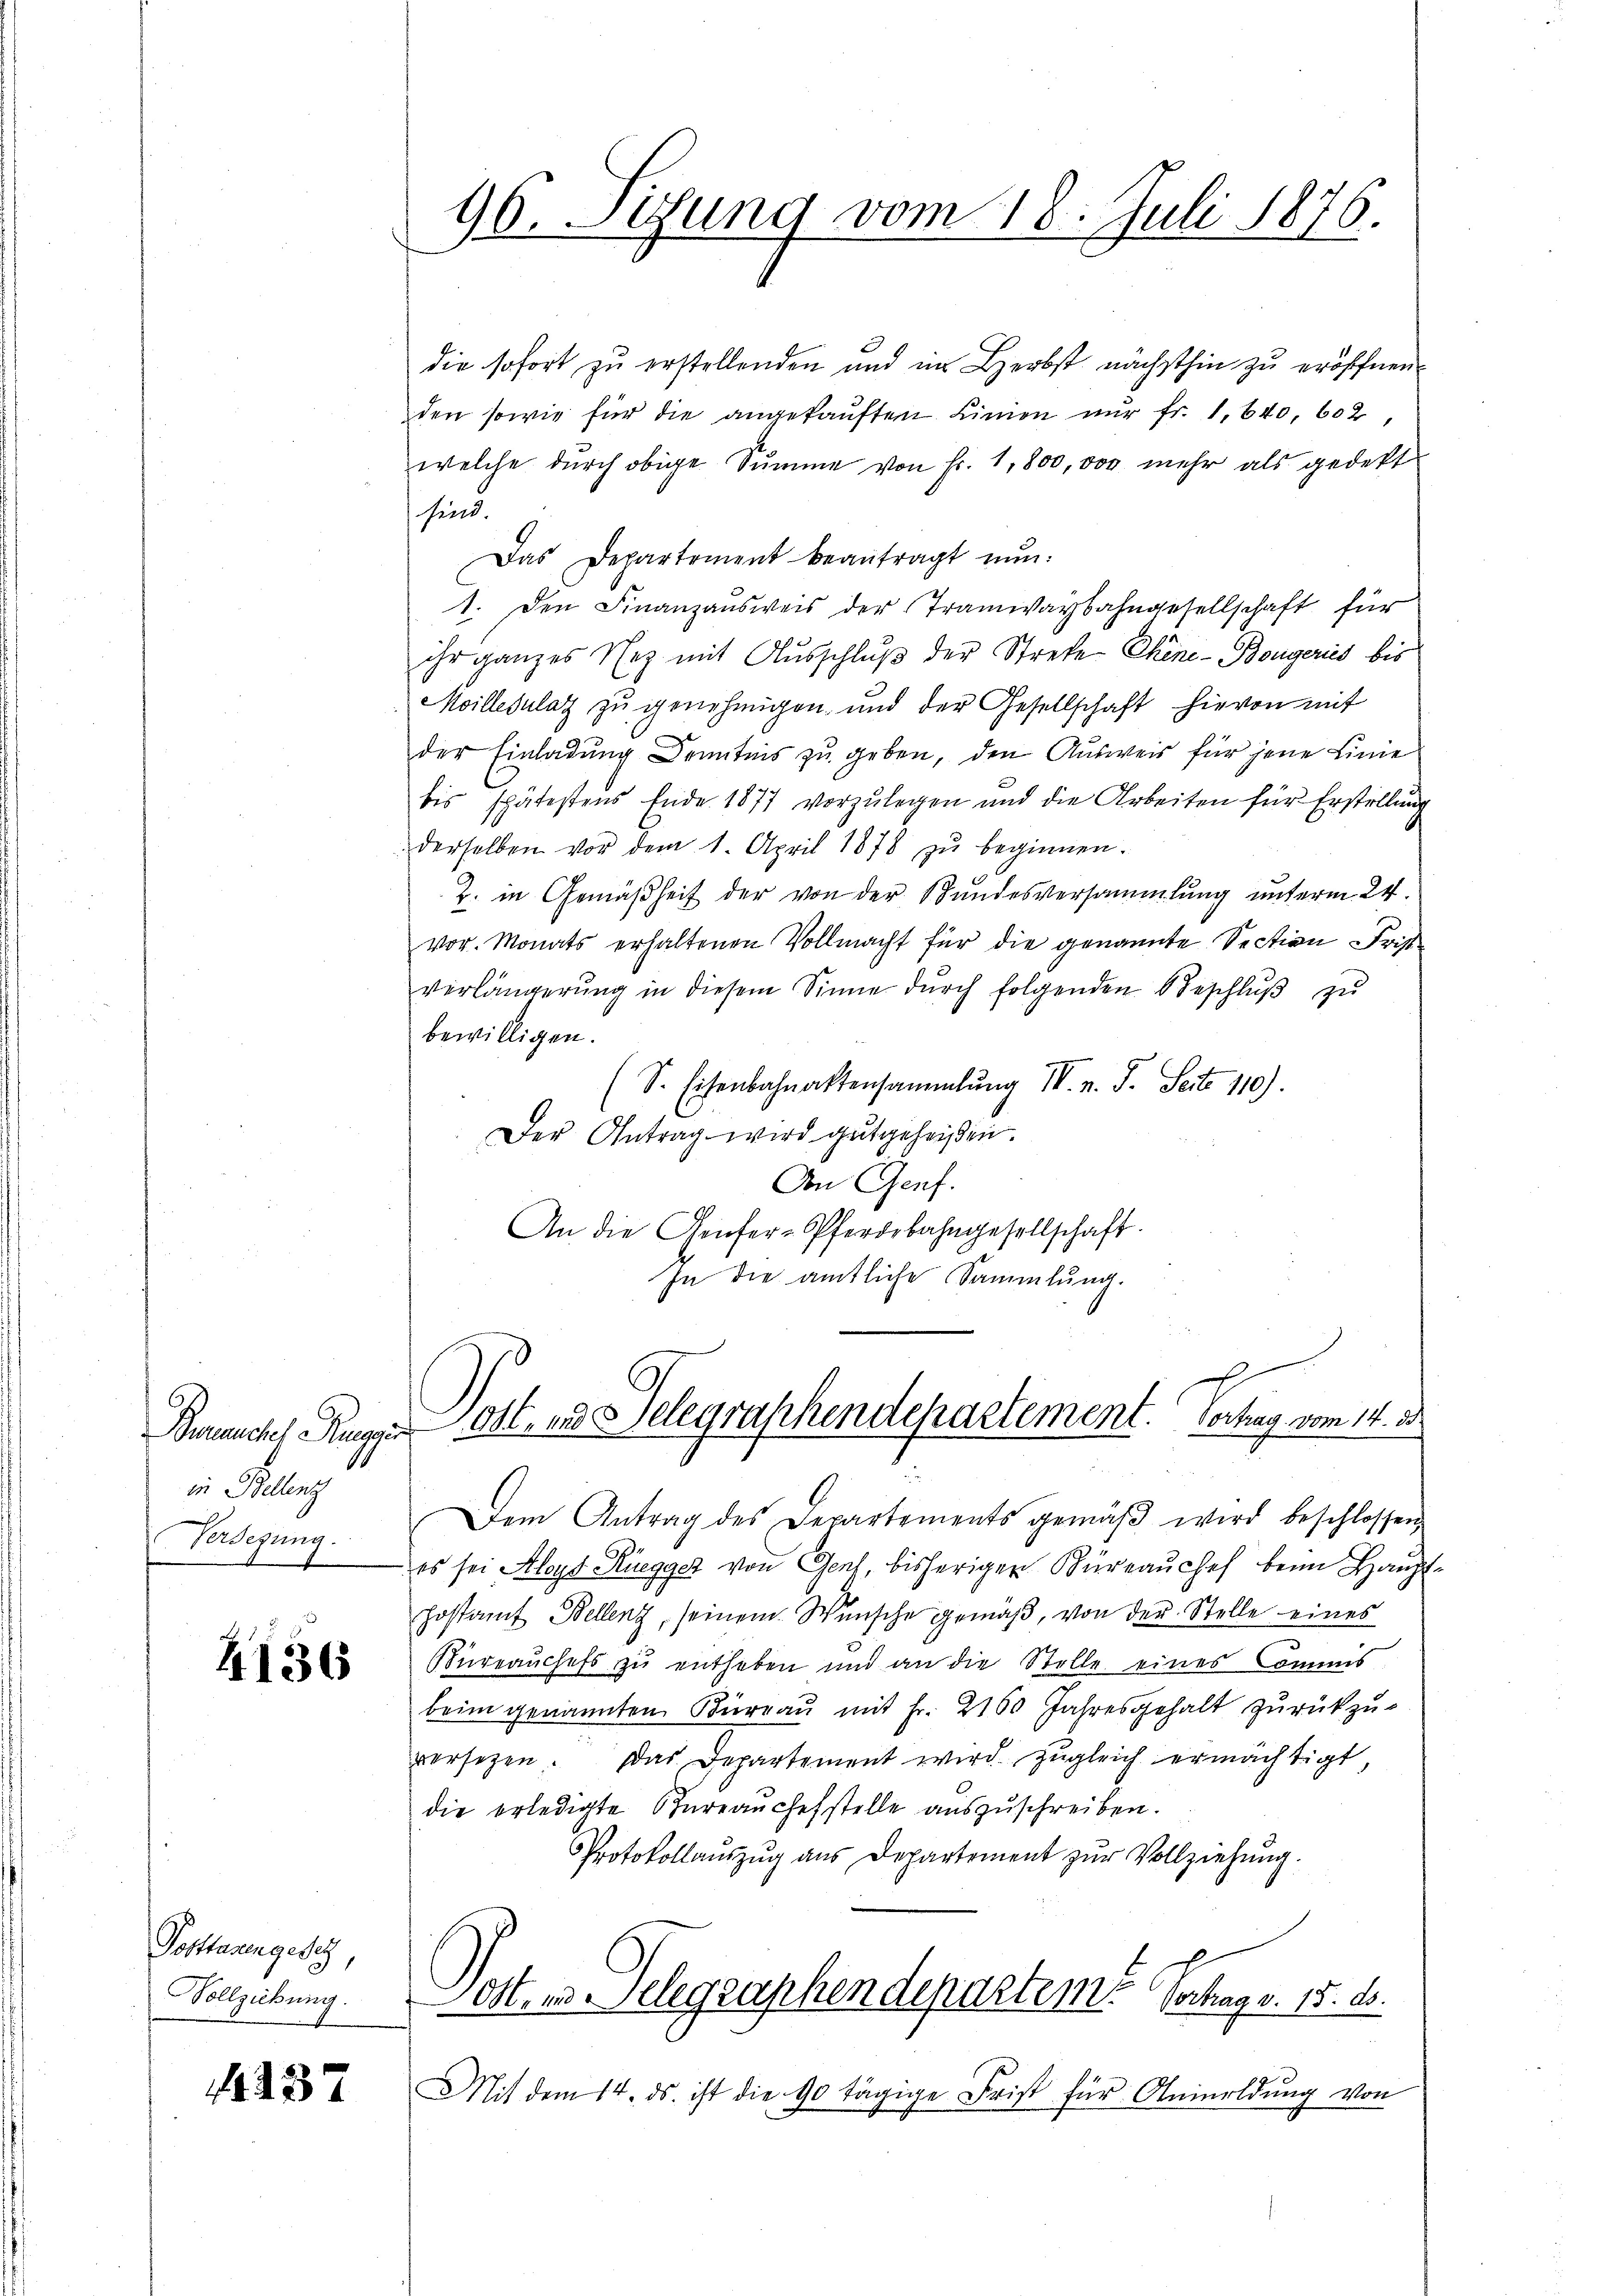
in Bellenz
Versezung.

4136

Posttasengesetz,
Vollziehung.

4437

die sofort zu erstellenden und im Herbst nächsthin zu eröffnen
den sowie für die angekaŭften Linien nur fr. 1,640, 602,
welche durch obige Summe von Fr. 1,800,000 mehr als gedekt
sind.
Das Departement beantragt nun:
1. Den Finanzausweis der Tramwaybahngesellschaft für
ihr ganzes Nez mit Ausschlŭβ der Strete Chine-Bongeries bis
Moilledulatz zu genehmigen, und der Gesellschaft hievon mit
der Einladung Kenntnis zu geben, den Ausweis für jene Linie
bis spätestens Ende 1877 vorzŭlegen und die Arbeiten für Erstellŭng
derselben vor dem 1. April 1878 zŭ beginnen.
Z. in Gemäßheit der von der Bundesversammlung unterm 24.
vor. Monats erhaltenen Vollmacht für die genannte Section Frist
verlängerŭng in diesem Sinne dŭrch folgenden Beschlŭβ zŭ
bewilligen.
(S. Eisenbahnaktensammlung IV n. F. Seite 110).
Der Antrag wird gutgeheißen.
Von Genf.
An die Genfer-Pferdebahngesellschaft.
In die amtliche Sammlung.

96. Sitzung vom 18. Juli 1876.

Benach Rug Ott, und Gelegraphendepartement. Verhag vom 14. d

Dem Antrag des Departements gemäβ wird beschlossen
es sei Aloys Rüegger von Genf, bisherigen Büreaŭchef beim Haupthostamt Bellenz, seinem Wünsche gemäβ, von der Stelle eines
Bureauchefs zu entheben und an die Stelle eines Commis
beim genannten Büreau mit Fr. 2160 Jahresgehalt zurückzu-
versezen. Das Departement wird zugleich ermächtigt,
die erledigte Büreaŭchefstelle auszuschreiben.
Protokollauszug aus Departement zur Vollziehung.
ott. es Telegraphendepartem Vertrag v. 15. ds.
Mit dem 14. ds. ist die 90 tägige Frist für Anmeldŭng von